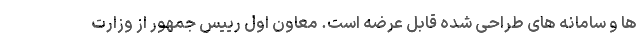
ها و سامانه های طراحی شده قابل عرضه است. معاون اول رییس جمهور از وزارت